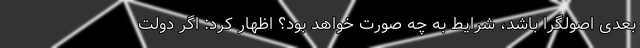
بعدی اصولگرا باشد، شرایط به چه صورت خواهد بود؟ اظهار کرد: اگر دولت